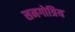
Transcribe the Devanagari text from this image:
समगोत्रिय